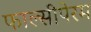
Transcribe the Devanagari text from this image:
फाल्सीपेरम